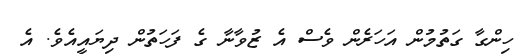
ހިންގާ ގަތުމުން އަހަރެން ވެސް އެ ޒުވާނާ ގެ ފަހަތުން ދިޔައީއެވެ. އެ